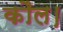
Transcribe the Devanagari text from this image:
कौल।